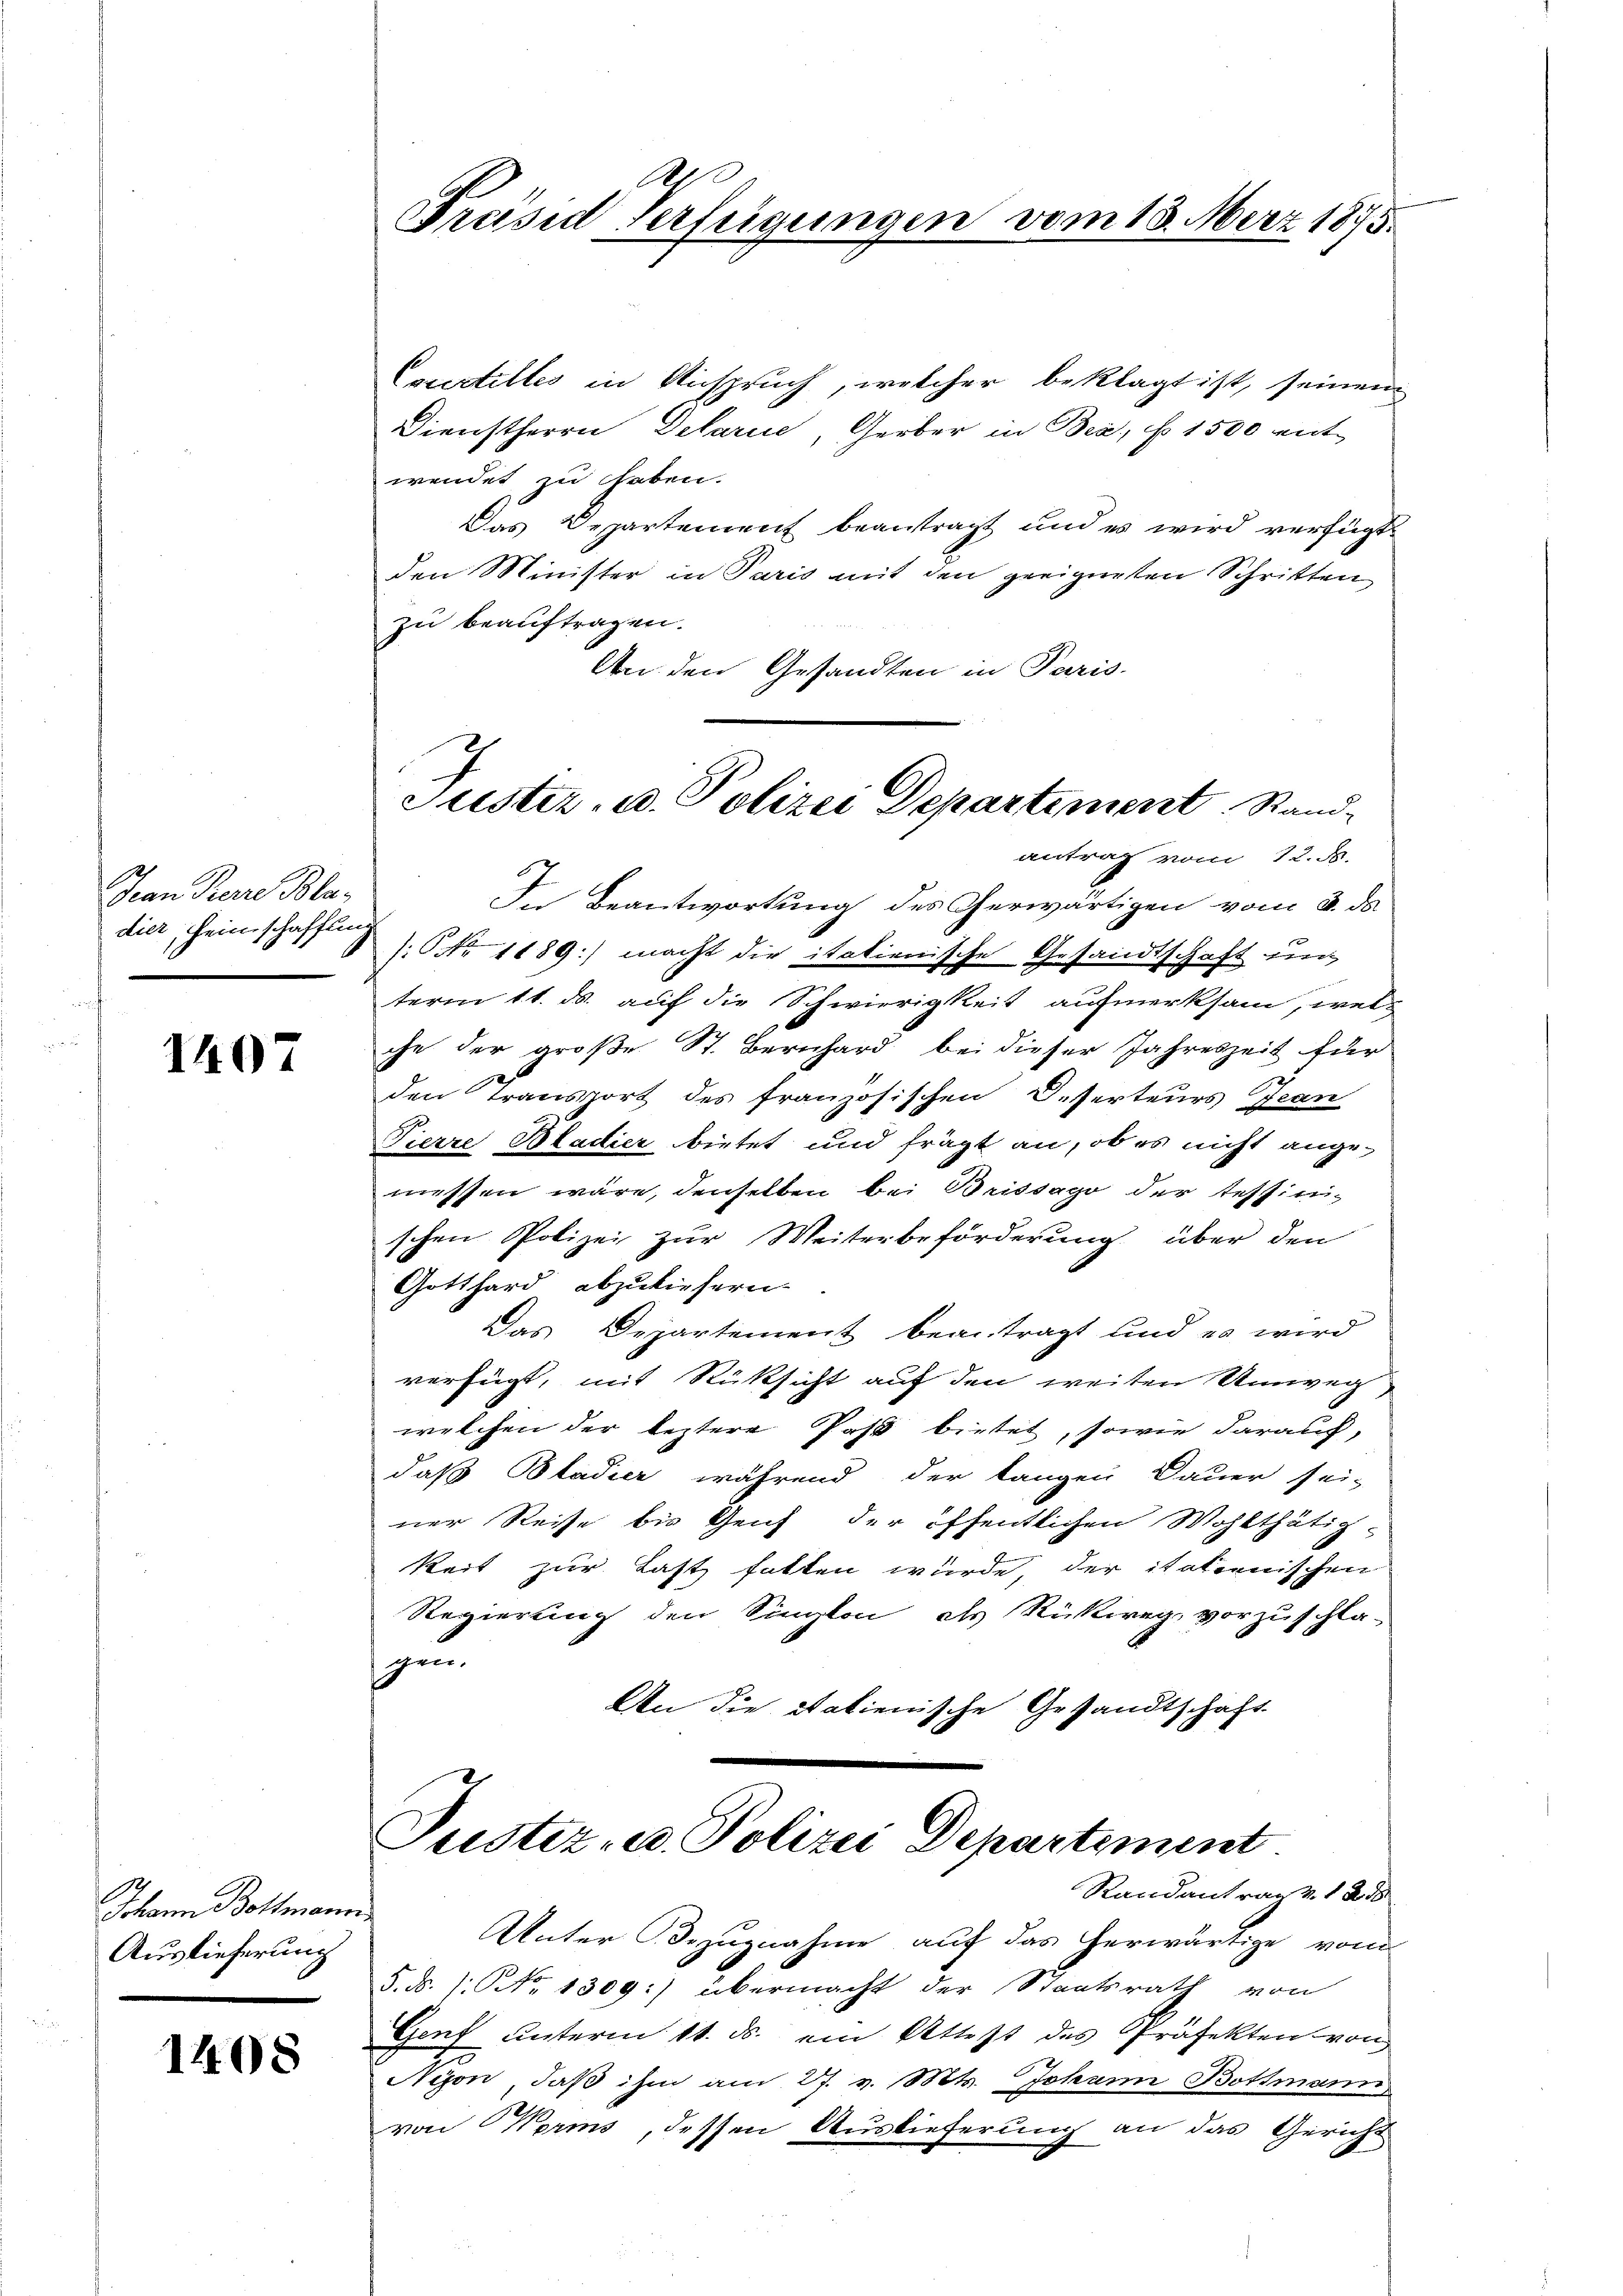
Jean Pere Bladiez, einschaffen

1407

Johann Bottmann
Auslieferung

1408

A
Präsid Verfügunge.

Courtilles in Anspruch, welcher beklagt ist, seinem
Dienstherrn Delarie, Gerber in Bea, No 1500 ent
wendet zu haben.
Das Departement beantragt und es wird verfügt:
den Minister in Paris mit den geeigneten Schritten
zu beauftragen.
An den Gesandten in Paris.
antrag vom 12. d.
In Beantwortung des Cherwärtigen vom 3. ds
: No 1189:) macht die itationische Gesandtschaft in
term 11. ds. auf die Schwierigkeit aufmerksam, welch
che der große St. Bernhard bei dieser Jahreszeit für
den Transport des französischen Deserteurs Jean
Tierre Bladier bietet und frägt an, ob es nicht ange-
messen wäre, denselben bei Brissago der teffinischen Polizei zur Weiterbeförderung über den
Gotthard abzuliefern.
Das Departement beantragt und es wird
verfügt, mit Rüksicht auf den weiten Umweg
welchen der leztere Paß bietet, sowie darauf,
daß Bladier während der langen Dauer sei-
ner Reise bis Genf der öffentlichen Wohlthätig-
keit zur Last fatten wurde der italienischen
Regierung den Sington, als Rückweg, vorzuschla-
un
An die datienische Gesandtschaft
.

vom 13. März 1875.

Suster- u. Polizei Departement Rand-

Justiz- u. Polizei Departement.
Randantrags 128

Unter Bezugnahme auf das herwärtige vom
5. d. 1. No 1309:) übermacht der Staatsrath von
Genf unterm 11. ds. ein Attest des Präfekten von
Nyon, daß ihm am 27. v. Mts. Johann Bottmann
von Worms, dessen Auslieferung an das Gericht